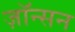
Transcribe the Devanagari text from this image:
ज़ॉन्सन